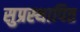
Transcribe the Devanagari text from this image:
सुप्रस्थापित